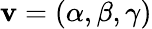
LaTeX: {\mathbf v}=(\alpha,\beta,\gamma)